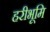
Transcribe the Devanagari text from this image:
हरीभूमि